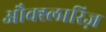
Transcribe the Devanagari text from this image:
औक्स्लारिज़